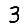
Digit: 3